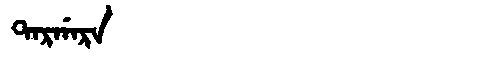
Manchu: ᡨᠠᡵᡤᠠᡵᠠ
Romanization: TARGARA